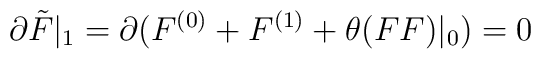
\partial\tilde{F}|_1=\partial(F^{(0)}+F^{(1)}+\theta(FF)|_0)=0